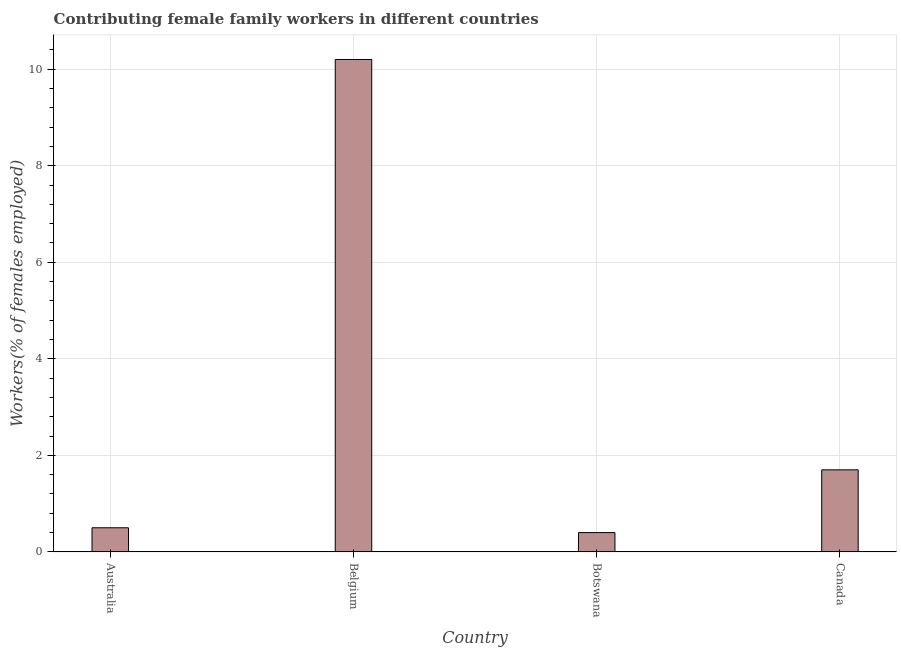
| Country | Contributing family workers |
 | --- | --- |
 | Australia | 0.5 |
 | Belgium | 10.2 |
 | Botswana | 0.4 |
 | Canada | 1.7 |